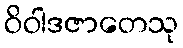
ဝိဝါဒဇာတေသု